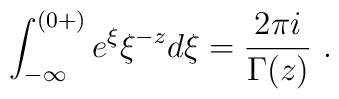
\int_{-\infty}^{(0+)}e^{\xi} \xi^{-z}d\xi=\frac{2\pi i}{\Gamma(z)} ~.